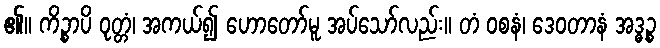
၏။ ကိဉ္စာပိ ဝုတ္တံ၊ အကယ်၍ ဟောတော်မူ အပ်သော်လည်း။ တံ ဝစနံ၊ ဒေဝတာနံ အဒ္ဓဉ္စ